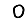
Digit: 0